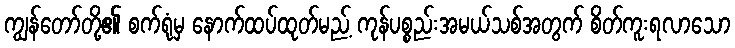
ကျွန်တော်တို့၏ စက်ရုံမှ နောက်ထပ်ထုတ်မည့် ကုန်ပစ္စည်းအမယ်သစ်အတွက် စိတ်ကူးရလာသော